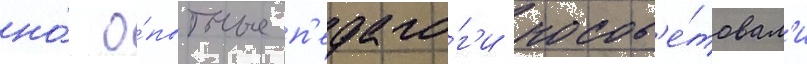
но́ о́пытные п'едаго́г'и посов'е́товал'и